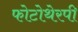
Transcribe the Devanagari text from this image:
फोटोथेरपी